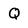
Character: Q